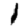
Digit: 1